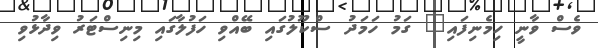
ވެސް ވާނީ ހިމެނިފައި" ގަމު ހަމަދު ސްކޫލުގައި ބޭއްވި ހަފުލާގައި މިނިސްޓަރު ވިދާޅުވި